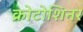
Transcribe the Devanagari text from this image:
क्रोटोशिनर